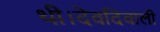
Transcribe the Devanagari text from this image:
थी।देवदिवाली